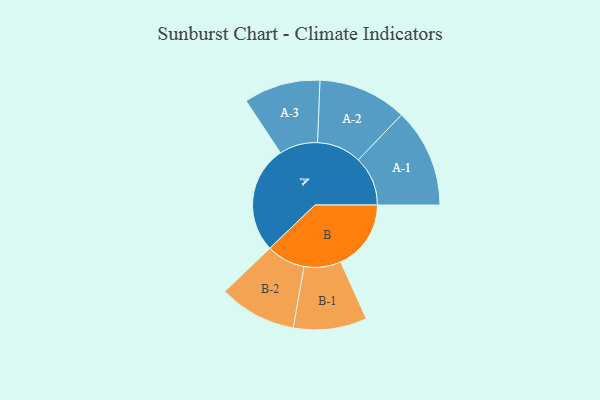
{"axis": {"x": "Segment", "y": "Value"}, "legend": ["", "A", "B"], "data": [{"x": "A", "y": 473, "type": ""}, {"x": "B", "y": 310, "type": ""}, {"x": "A-1", "y": 218, "type": "A"}, {"x": "A-2", "y": 196, "type": "A"}, {"x": "A-3", "y": 169, "type": "A"}, {"x": "B-1", "y": 162, "type": "B"}, {"x": "B-2", "y": 171, "type": "B"}]}